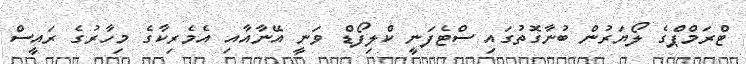
ޓްރަމްޕްގެ ލޯޔަރުން ބުނާގޮތުގައި ސްޓެފަނީ ކްލިފޯޑް ވަނީ އޭނާއާއި އެމެރިކާގެ މިހާރުގެ ރައީސް